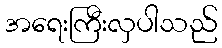
အရေးကြီးလှပါသည်